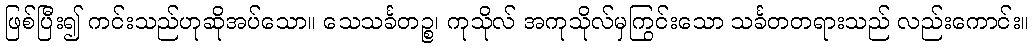
ဖြစ်ပြီး၍ ကင်းသည်ဟုဆိုအပ်သော။ သေသင်္ခတဉ္စ၊ ကုသိုလ် အကုသိုလ်မှကြွင်းသော သင်္ခတတရားသည် လည်းကောင်း။